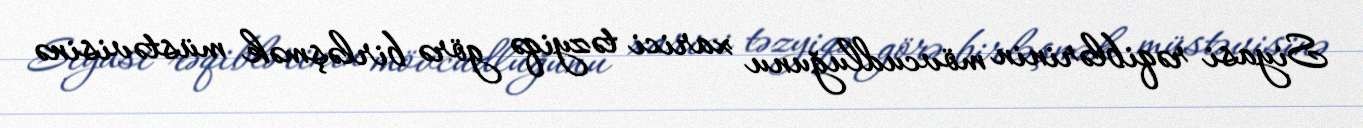
Siyasi rəqiblərinin mövcudluğunu xarici təzyiqə görə birləşmək müstəvisinə